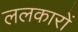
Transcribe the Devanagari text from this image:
ललकारों